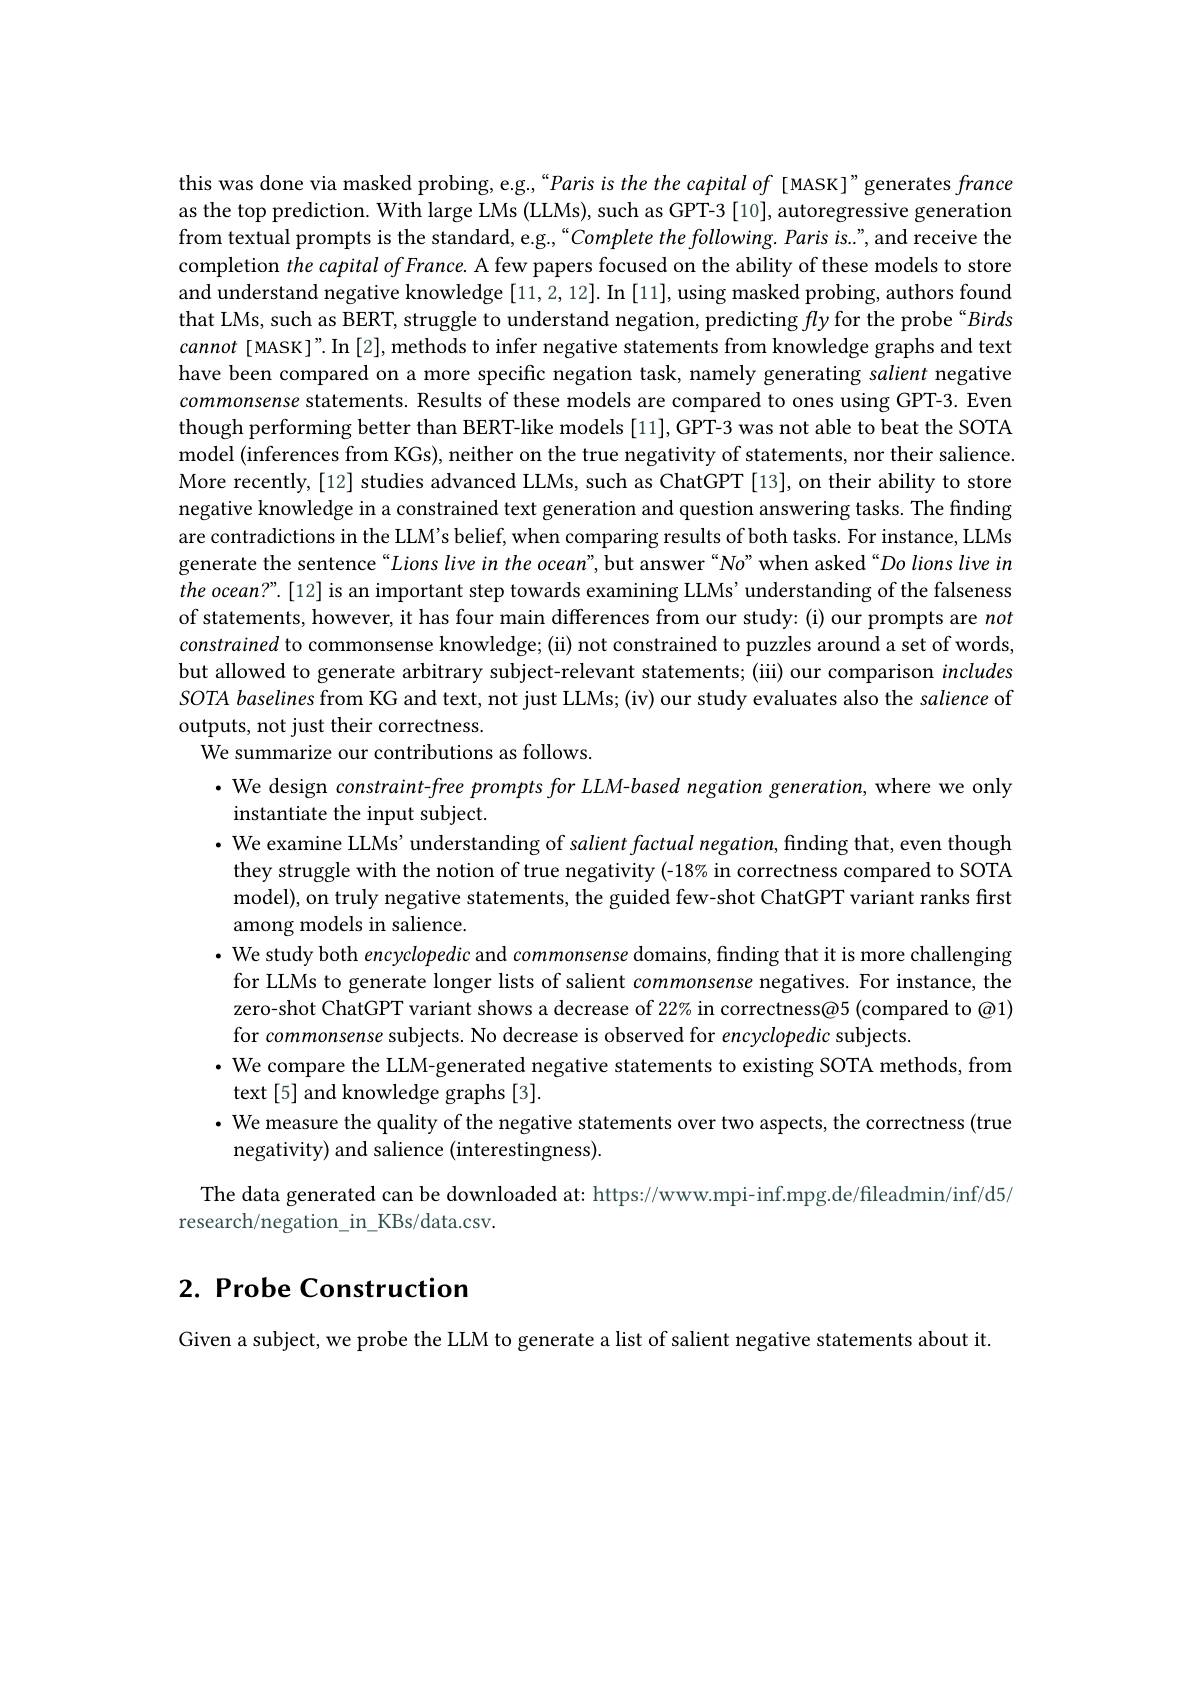
this was done via masked probing, e.g.,“Paris is the the capital of [MASK]”generates france as the top prediction. With large LMs (LLMs), such as GPT-3 [10], autoregressive generation from textual prompts is the standard, e.g.,“Complete the following. Paris is.", and receive the completion the capital of France. A few papers focused on the ability of these models to store and understand negative knowledge [11,2,12]. In [11],using masked probing, authors found that LMs, such as BERT, struggle to understand negation, predicting fly for the probe“Birds cannot [MASK]".In [2], methods to infer negative statements from knowledge graphs and text have been compared on a more specific negation task, namely generating salient negative commonsense statements. Results of these models are compared to ones using GPT-3. Even though performing better than BERT-like models [11], GPT-3 was not able to beat the SOTA model (inferences from KGs), neither on the true negativity of statements, nor their salience. More recently,[12] studies advanced LLMs, such as ChatGPT [13], on their ability to store negative knowledge in a constrained text generation and question answering tasks. The finding are contradictions in the LLM's belief, when comparing results of both tasks. For instance, LLMs generate the sentence“Lions live in the ocean”, but answer“No” when asked“Do lions live in $the\textit{ ocean? " . [ 12] is an important step towards examining LLMs' understanding of the falseness}$ of statements, however, it has four main differences from our study: (i) our prompts are not constrained to commonsense knowledge; (ii) not constrained to puzzles around a set of words but allowed to generate arbitrary subject-relevant statements; (iii) our comparison includes $SOTA$ baselines from KG and text, not just LLMs; (iv) our study evaluates also the salience of outputs, not just their correctness.
We summarize our contributions as follows.
$\cdot$ We design constraint-free prompts for LLM-based negation generation, where we only
instantiate the input subject.
$•$ We examine LLMs'understanding of salient factual negation, finding that, even though they struggle with the notion of true negativity (-18% in correctness compared to SOTA model), on truly negative statements, the guided few-shot ChatGPT variant ranks first among models in salience.
· We study both encyclopedic and commonsense domains, finding that it is more challenging
for LLMs to generate longer lists of salient commonsense negatives. For instance, the zero-shot ChatGPT variant shows a decrease of 22% in correctness@5 (compared to @1) for commonsense subjects. No decrease is observed for encyclopedic subjects.
· We compare the LLM-generated negative statements to existing SOTA methods, from
text[5] and knowledge graphs [3].
$\bullet$ We measure the quality of the negative statements over two aspects, the correctness (true
negativity) and salience (interestingness).
The data generated can be downloaded at: https://www.mpi-inf.mpg.de/fileadmin/inf/d5/
research/negation\_in\_KBs/data.csv.

# $2. \textbf{ Probe Construction}$

Given a subject, we probe the LLM to generate a list of salient negative statements about it.